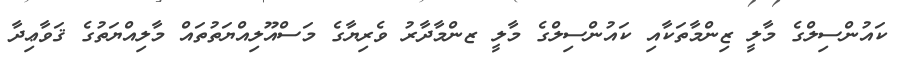
ކައުންސިލްގެ މާލީ ޒިންމާތަކާއި ކައުންސިލްގެ މާލީ ޒންމާދާރު ވެރިޔާގެ މަސްއޫލިއްޔަތުތައް މާލިއްޔަތުގެ ޤަވާޢިދާ